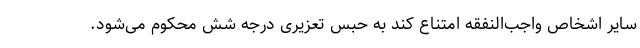
سایر اشخاص واجب‌‌النفقه امتناع کند به حبس تعزیری درجه شش محکوم می‌شود.